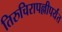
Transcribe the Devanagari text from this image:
तिरुचिरापल्लीपर्यंत